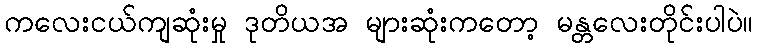
ကလေးငယ်ကျဆုံးမှု ဒုတိယအ များဆုံးကတော့ မန္တလေးတိုင်းပါပဲ။